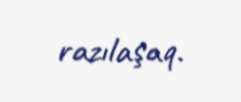
razılaşaq.